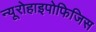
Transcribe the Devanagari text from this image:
न्यूरोहाइपोफिजिस